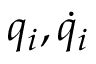
q _ { i } , \dot { q } _ { i }